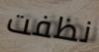
نظفت